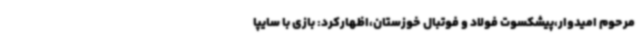
مرحوم امیدوار،پیشکسوت فولاد و فوتبال خوزستان،اظهارکرد: بازی با سایپا